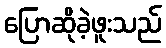
ပြောဆိုခဲ့ဖူးသည်